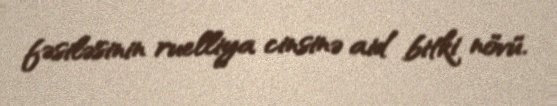
fəsiləsinin ruelliya cinsinə aid bitki növü.